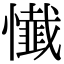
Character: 懴